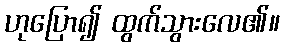
ဟုပြော၍ ထွက်သွားလေ၏။